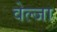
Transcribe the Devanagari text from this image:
वेल्जा